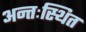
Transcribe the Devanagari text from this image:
अन्तःस्थित